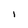
Character: I